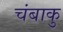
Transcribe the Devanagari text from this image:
चंबाकु